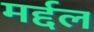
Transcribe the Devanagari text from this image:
मर्द्दल